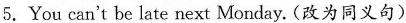
5.You can't be late next Monday. (改为同义句)